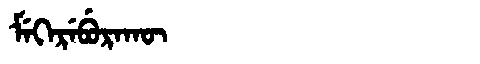
Manchu: ᠮᡝᡴᡝᡵᡝᠪᡠᡵᠠᡴᡡ
Romanization: MEKEREBURAKŪ